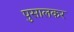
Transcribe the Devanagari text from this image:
पुसालकर